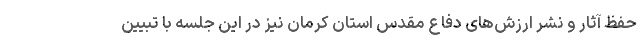
حفظ آثار و نشر ارزش‌های دفاع مقدس استان کرمان نیز در این جلسه با تبیین